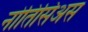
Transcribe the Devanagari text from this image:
नोतिसिअस